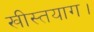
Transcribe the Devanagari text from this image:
खीस्तयाग।